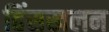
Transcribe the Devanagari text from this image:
हिंसखलन